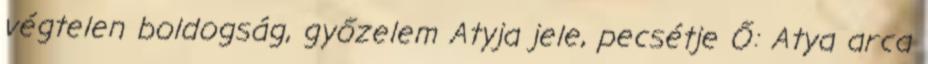
végtelen boldogság, győzelem Atyja jele, pecsétje Ő: Atya arca